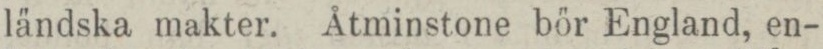
ländska makter. Åtminstone bör England, en-